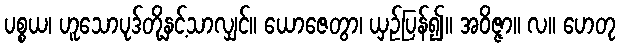
ပစ္စယ၊ ဟူသောပုဒ်တို့နှင့်သာလျှင်။ ယောဇေတွာ၊ ယှဉ်ပြန်၍။ အဝိဇ္ဇာ။ လ။ ဟေတု